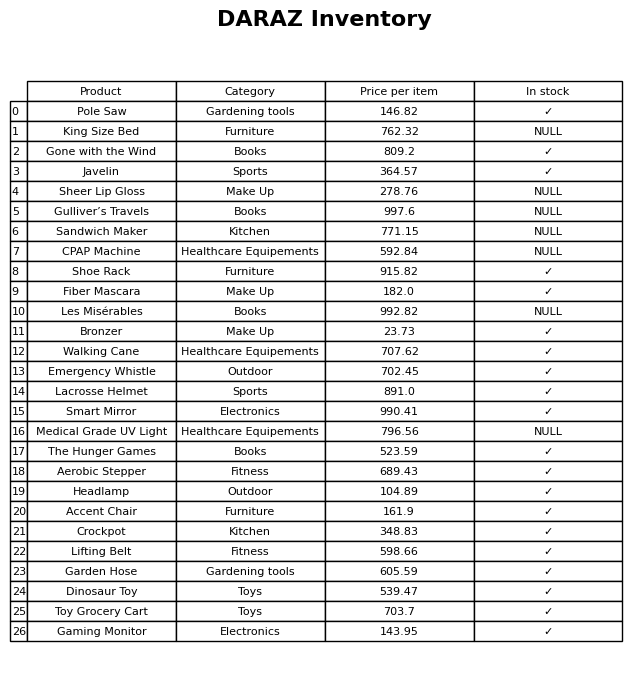
question: What category does the Aerobic Stepper belong to?
answer: Fitness